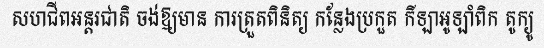
សហជីពអន្តរជាតិ ចង់ឱ្យមាន ការត្រួតពិនិត្យ កន្លែងប្រកួត កីឡាអូឡាំពិក តូក្យូ